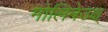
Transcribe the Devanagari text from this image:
मोलिनेउक्ष्